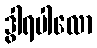
ဒွါရပါလော